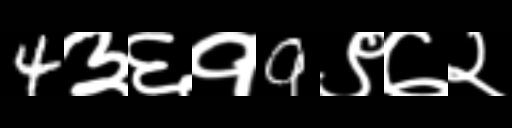
Text: 4३६१9९७२